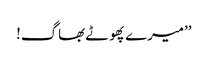
’’میرے پھوٹے بھاگ!